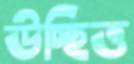
উচ্ছিত্ত